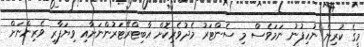
މީގެ ކުރިން ނުހިފުނު ނަމަވެސް މި ސެންޓަރު މެދުވެރިކޮށް އާބިޓްރޭޓަރުންނަށާއި ވިޔަފާރި ވެރިންނަށް